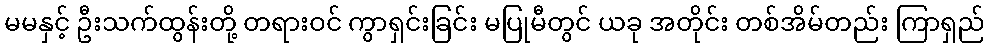
မမနှင့် ဦးသက်ထွန်းတို့ တရားဝင် ကွာရှင်းခြင်း မပြုမီတွင် ယခု အတိုင်း တစ်အိမ်တည်း ကြာရှည်